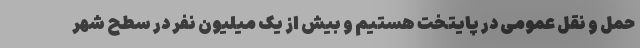
حمل و نقل عمومی در پایتخت هستیم و بیش از یک میلیون نفر در سطح شهر